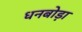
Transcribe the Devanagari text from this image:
धनबोड़ा